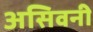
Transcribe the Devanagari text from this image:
असिवनी